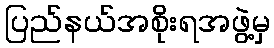
ပြည်နယ်အစိုးရအဖွဲ့မှ